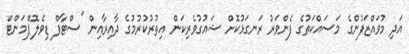
އަދި މުވައްޒަފުންގެ މަސައްކަތުގެ ފެންވަރު ރަނގަޅުކޮށް ޝައުގުވެރިކަން އިތުރުކުރުމުގެ ދާއިރާއިން "ސްޓާފް ޑިވެލޮޕްމަންޓް